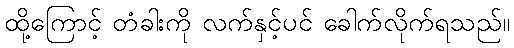
ထို့ကြောင့် တံခါးကို လက်နှင့်ပင် ခေါက်လိုက်ရသည်။